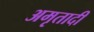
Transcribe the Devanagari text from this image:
अमृतादी